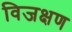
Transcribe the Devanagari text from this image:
विजक्षण